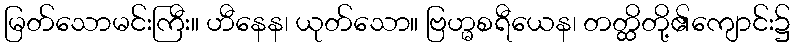
မြတ်သောမင်းကြီး။ ဟီနေန၊ ယုတ်သော။ ဗြဟ္မစရီယေန၊ တတ္ထိတို့၏ကျောင်း၌